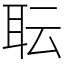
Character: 耺